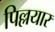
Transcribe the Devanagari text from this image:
पिल्लयार